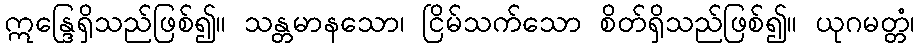
ဣန္ဒြေရှိသည်ဖြစ်၍။ သန္တမာနသော၊ ငြိမ်သက်သော စိတ်ရှိသည်ဖြစ်၍။ ယုဂမတ္တံ၊